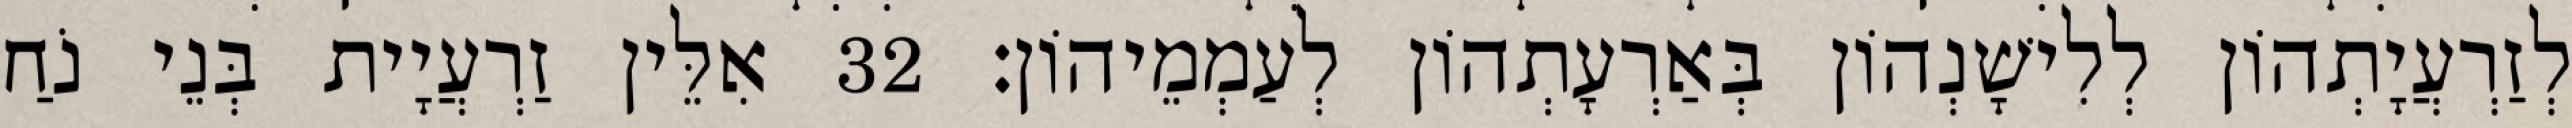
לְזַרְעֲיָתְהוֹן לְלִישָׁנְהוֹן בְּאַרְעָתְהוֹן לְעַמְמֵיהוֹן׃ 32 אִלֵּין זַרְעֲיָית בְּנֵי נֹחַ